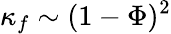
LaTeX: \kappa_{f}\sim(1-\Phi)^{2}